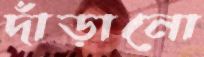
দাঁড়ানো